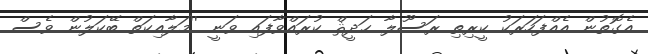
އެގޮތުން އެއްފަހަރަކު ކީރިތި ރަސޫލާ ޙަދީޘް ކުރައްވާފައި ވަނީ ''މަލާއިކަތް ބޭކަލުން ވެސް